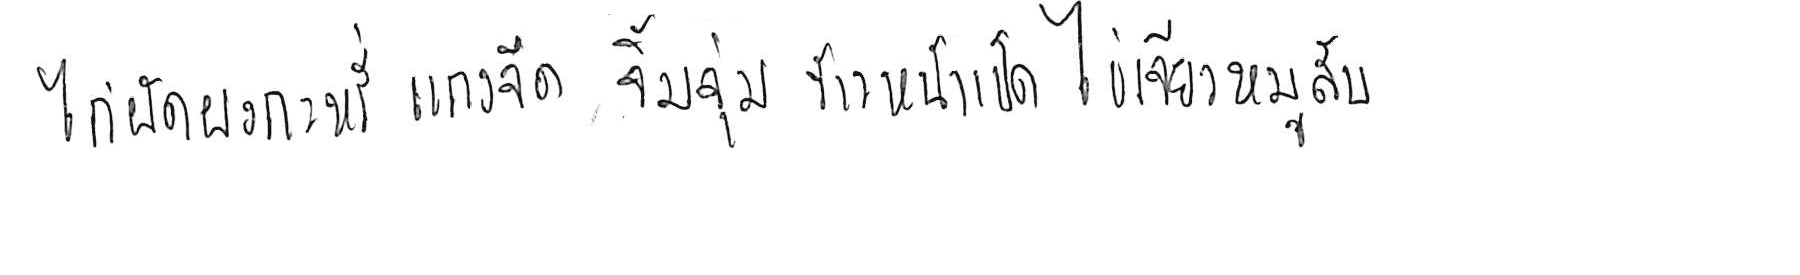
ไก่ผัดผงกะหรี่ แกงจืด จิ้มจุ่ม ข้าวหน้าเป็ด ไข่เจียวหมูสับ